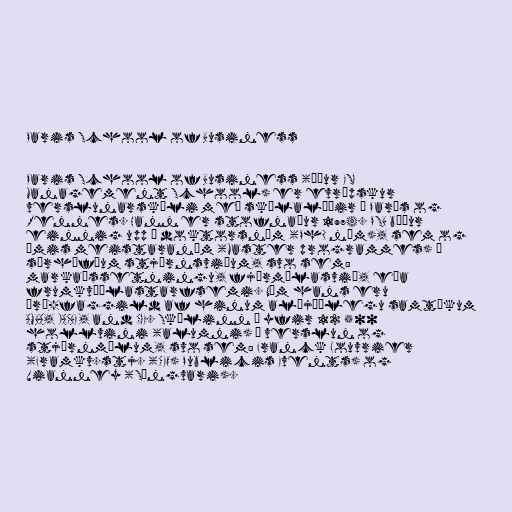
Paris School of Business

Paris School of Business (áður ESG
Management School) er evrópskur
verslunarskóli með skólalóðir í París og
Rennes. Hann er stofnaður 1974. PSB býður
einnig upp á doktorsnám (PhD nám), sem og
ýmis meistaranám (Master programmes) í
sérhæfðum stjórnsviðum, svo sem:
markaðssetningu, fjármálasvið, eða
frumkvöðlastarfsemi. Nám hans eru
þrí-faggild af hinum alþjóðlegu samtökum
AMBA, IACBE, and CGE. Skólinn á yfir 12 500
hollvini (alumni) í verslun og
stjórnmálum, svo sem: Franck Louvrier
(Framkv.stj. (CEO) Publicis Events) og
Vianney (Söngvari).